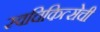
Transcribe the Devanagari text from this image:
स्वचिकित्सेची